Medical and sanitary report of the native army of Bengal for the year
Year: 1875
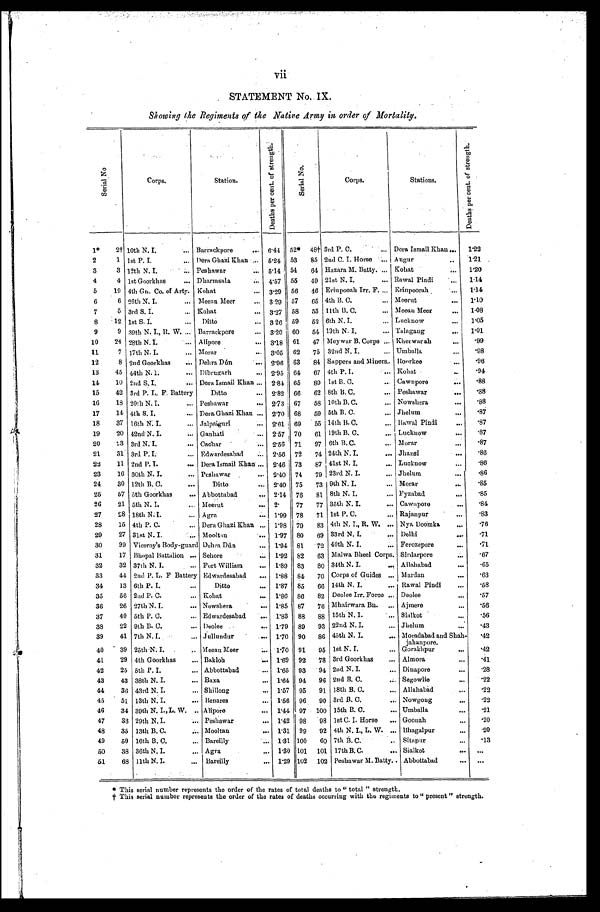
vii
STATEMENT NO. IX.
Showing the Regiments of the Native Army in order of Mortality.
S e r i a l N o .
Corps.
Station.
D e a t h s p e r c e n t . o f s t r e n g t h .
S e r i a l N o .
Corps.
Stations.
D e a t h s p e r c e n t . o f S t r e n g t h .
1*
2† 10th N. I.
... Barrackpore
... 6.44 52* 48†3rd P. C.
...
Dera Ismail Khan . . . 1.22
2
1 1st P. I.
... Dera Ghazi Khan ... 5.24 53 85 2nd C. I. Horse ... Augur
. . .
1.21
3
3 12th N. I.
. . . Peshawar
... 5.14 54 64 Hazara M. Batty. ... Kohat
. . . 1.20
4
4 1st Goorkhas
...
Dharmsala
... 4.57 55 49 21st N. I.
...
Rawal Pindi
... 1.14
5
19 4th Gn. Co. of Arty. Kohat
... 3.29 56 46 Erinpooah Irr. F.
...
Erinpoorah
. . . 1.14
6
6 26th N. I.
... Meean Meer
... 3.29 57 65 4th B. C.
... Meerut
... 1.10
7
5 3rd S. I.
...
Kohat
... 3.27 58 53 11th B. C.
... Meean Meer
. . . 1.08
8
12 1st S. I.
...
Ditto
... 3 26 59 52 6th N. I.
... Lucknow
. . . 1.05
9
9 39th N. I., R. W. ... Barrackpore
... 3.20 60 54 19th N. I.
... Talagang
... 1.01
10
24 28th N. I.
...
Alipore
... 3.18 61 47 Meywar B. Corps ... Kherwarah
. . .
.99
11
7 17th N. I.
...
Morar
... 3.05 62 75 32nd N. I.
... Umballa
...
. 9 8
12
8 2nd Goorkhas
...
Dehra Dún
. . . 2.96 63 84 Sappers and Miners . . Roorkee
. . . .96
13
45 44th N. I.
...
Dibrugarh
... 2.95 64 67 4th P. I.
... Kohat
. . . .94
14
10 2nd S. I.
...
Dera Ismail Khan ... 2.84 65 89 1st B. C.
... Cawnpore
... .88
15
42 3rd P. L. F. Battery
Ditto
... 2.82 66 62 8th B. C.
... Peshawar
. . . .88
16
18 20th N. I.
...
Peshawar
... 2.73 67 58 10th B. C.
... Nowshera
... .88
17
14 4th S. I.
...
Dera Ghazi Khan ... 2.70 68 59 5th B. C.
... Jhelum
... .87
18
37 16th N. I.
... Jalpaiguri
... 2.61 69 55 14th B. C.
. . . Ramal Pindi
... .87
19
20 42nd. N. I.
. . . Gauhati
... 2.57 70 61 19th B. C.
... Lucknow
. . . .87
20
2 3 3rd N. I.
... Cachar
... 2.56 71 97 6th B. C.
... Morar
...
.87
21
31 3rd P. I.
... Edwardesabad ... 2.56 72 74 24th N. I.
. . . Jhansi
. . . .86
22
11 2nd P. I.
... Dera Ismail Khan. ... 2.46 73 87 41st N. I.
... Lucknow
...
.86
23
16 30th N. I.
. . . Peshawar
... 2.40 74 79 23rd N. I.
... Jhelum
...
.86
24
30 12th B. C.
...
Ditto
... 2.40 75 73 9th N. I.
... Morar
. . .
.85
25
57 5th Goorkhas
... Abbottabad
... 2.14 76 81 8th N. I.
... Fyzabad
. . .
.85
26
21 5th N. I.
... Meerut
... 2.
77 77 35th N. I.
... Cawnpore
. . . .84
27
28 18th N. I.
... Agra
... 1.99 78 71 1st P. C.
... Rajanpur
...
.83
28
15 4th P. C.
... Dera Ghazi Khan ... 1.98 79 83 4th N. I., R. W. ... Nya Doomka
...
.76
29
27 31st N. I.
. . . Mooltan
... 1.97 80 69 33rd N. I.
... Delhi
... .71
30
99 Viceroy's Body-guard Dehra Dún
... 1.94 81 72 40th N. I.
... Ferozepore
. . . .71
31
17 Bhopal Battalion ... Sehore
...
1.92 82 63 Malwa Bheel Corps. . . . Sirdarpore
... .67
32
32 37th N. I.
... Fort William
... 1.89 83 80 34th N. I.
. . . Allahabad
... .65
33
44 2nd P. L. F Battery Edwardesabad ... 1.88 84 70 Corps of Guides ... Mardan
. . . .63
34
13 6th P. I.
...
Ditto
... 1.87 85 66 14th N. I.
... Rawal Pindi
...
.58
35
56 2nd P. C.
... Kohat
... 1.86 86 82 Deolee Irr. Force ... Deolee
... .57
36
26 27thN. I.
... Nowshera
... 1.85 87 76 Mhairwara Bn. ... Ajmere
. . . .56
37
40 5th P. C.
... Edwardesabad ... 1.83 88 88 15th N. I.
... Sialkot
...
.56
38
22 9th B. C.
... Deolee
... 1.79 89 93 22nd N. I.
... Jhelum
... .43
39
41 7th N. I.
... Jullundur
. . . 1.70 90 86 45th N. I.
... Moradabad and Shah-
jahanpore.
.42
40
39 25th N. I.
... Meean Meer
... 1.70 91 95 1st N. I.
... Gorakhpur
...
.42
41
29 4th Goorkhas
... Bakloh
. . . 1.69 92 78 3rd Goorkhas
... Almora
. . . .41
42
25 5th P. I.
... Abbottabad
... 1.65 93 94 2nd N. I.
... Dinapore
... .28
43
43 38th N. I.
... Baxa
... 1.64 94 96 2nd B. C.
... Segowlie
... .22
44
36 43rd N. I.
... Shillong
... 1. 57 95 91 18th B. C.
... Allahabad
... .22
45
51 13th N. I.
... Benares
... 1. 56 96 90 3rd B. C.
... Nowgong
... .22
46
34 39th N. I., L. W. .. Alipore
... 1. 44 97 100 15th B. C.
... Umballa
... .21
47
33 29th N. I.
... Peshawar
... 1. 42 98 98 1st C. I. Horse ... Goonah
...
. 2 0
48
35 13th B. C.
... Mooltan
... 1.31 99 92 4th N. I., L. W. ... Bhagalpur
...
. 2 0
49
50 16th B. C.
... Bareilly
... 1.31 100 60 7th B. C.
.. Sitapur
... .13
50
38 36th N. I.
... Agra
... 1. 30 101 101 17th B. C.
... Sialkot
. . .
. . .
51
68 11th N. I.
. . . Bareilly
... 1. 29 102 102 Peshawar M. Batty . . Abbottabad
. . .
. . .
* This serial number represents the order of the rates of total deaths to "total" strength.
† This serial number represents the order of the rates of deaths occurring with the regiments to "present" strength.